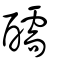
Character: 醹